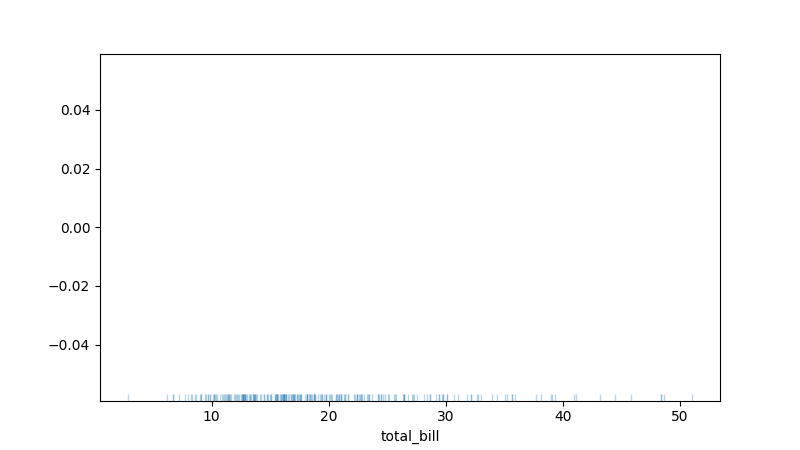
python, seaborn, rugplot, height=0.02, axis='x', alpha=0.3